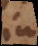
i